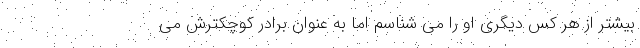
بیشتر از هر کس دیگری او را می شناسم اما به عنوان برادر کوچکترش می